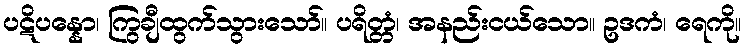
ပဋိပန္နော၊ ကြွချီထွက်သွားသော်။ ပရိတ္တံ၊ အနည်းငယ်သော။ ဥဒကံ၊ ရေကို။